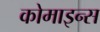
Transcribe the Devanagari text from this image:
कोमाइन्स